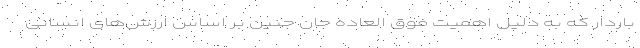
باردار که به دلیل اهمیت فوق العاده جان جنین بر اساس ارزش‌های انسانی